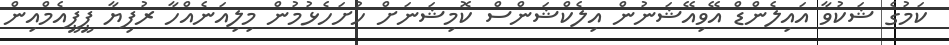
ކަމުގެ ޝަކުވާ އައިލެންޑް އޭވިއޭޝަނުން އިލެކްޝަންސް ކޮމިޝަނަށް ހުށަހެޅުމުން މިލިއަނެއްހާ ރުފިޔާ ޕީޕީއެމްއިން